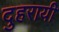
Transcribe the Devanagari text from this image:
दुहरायी